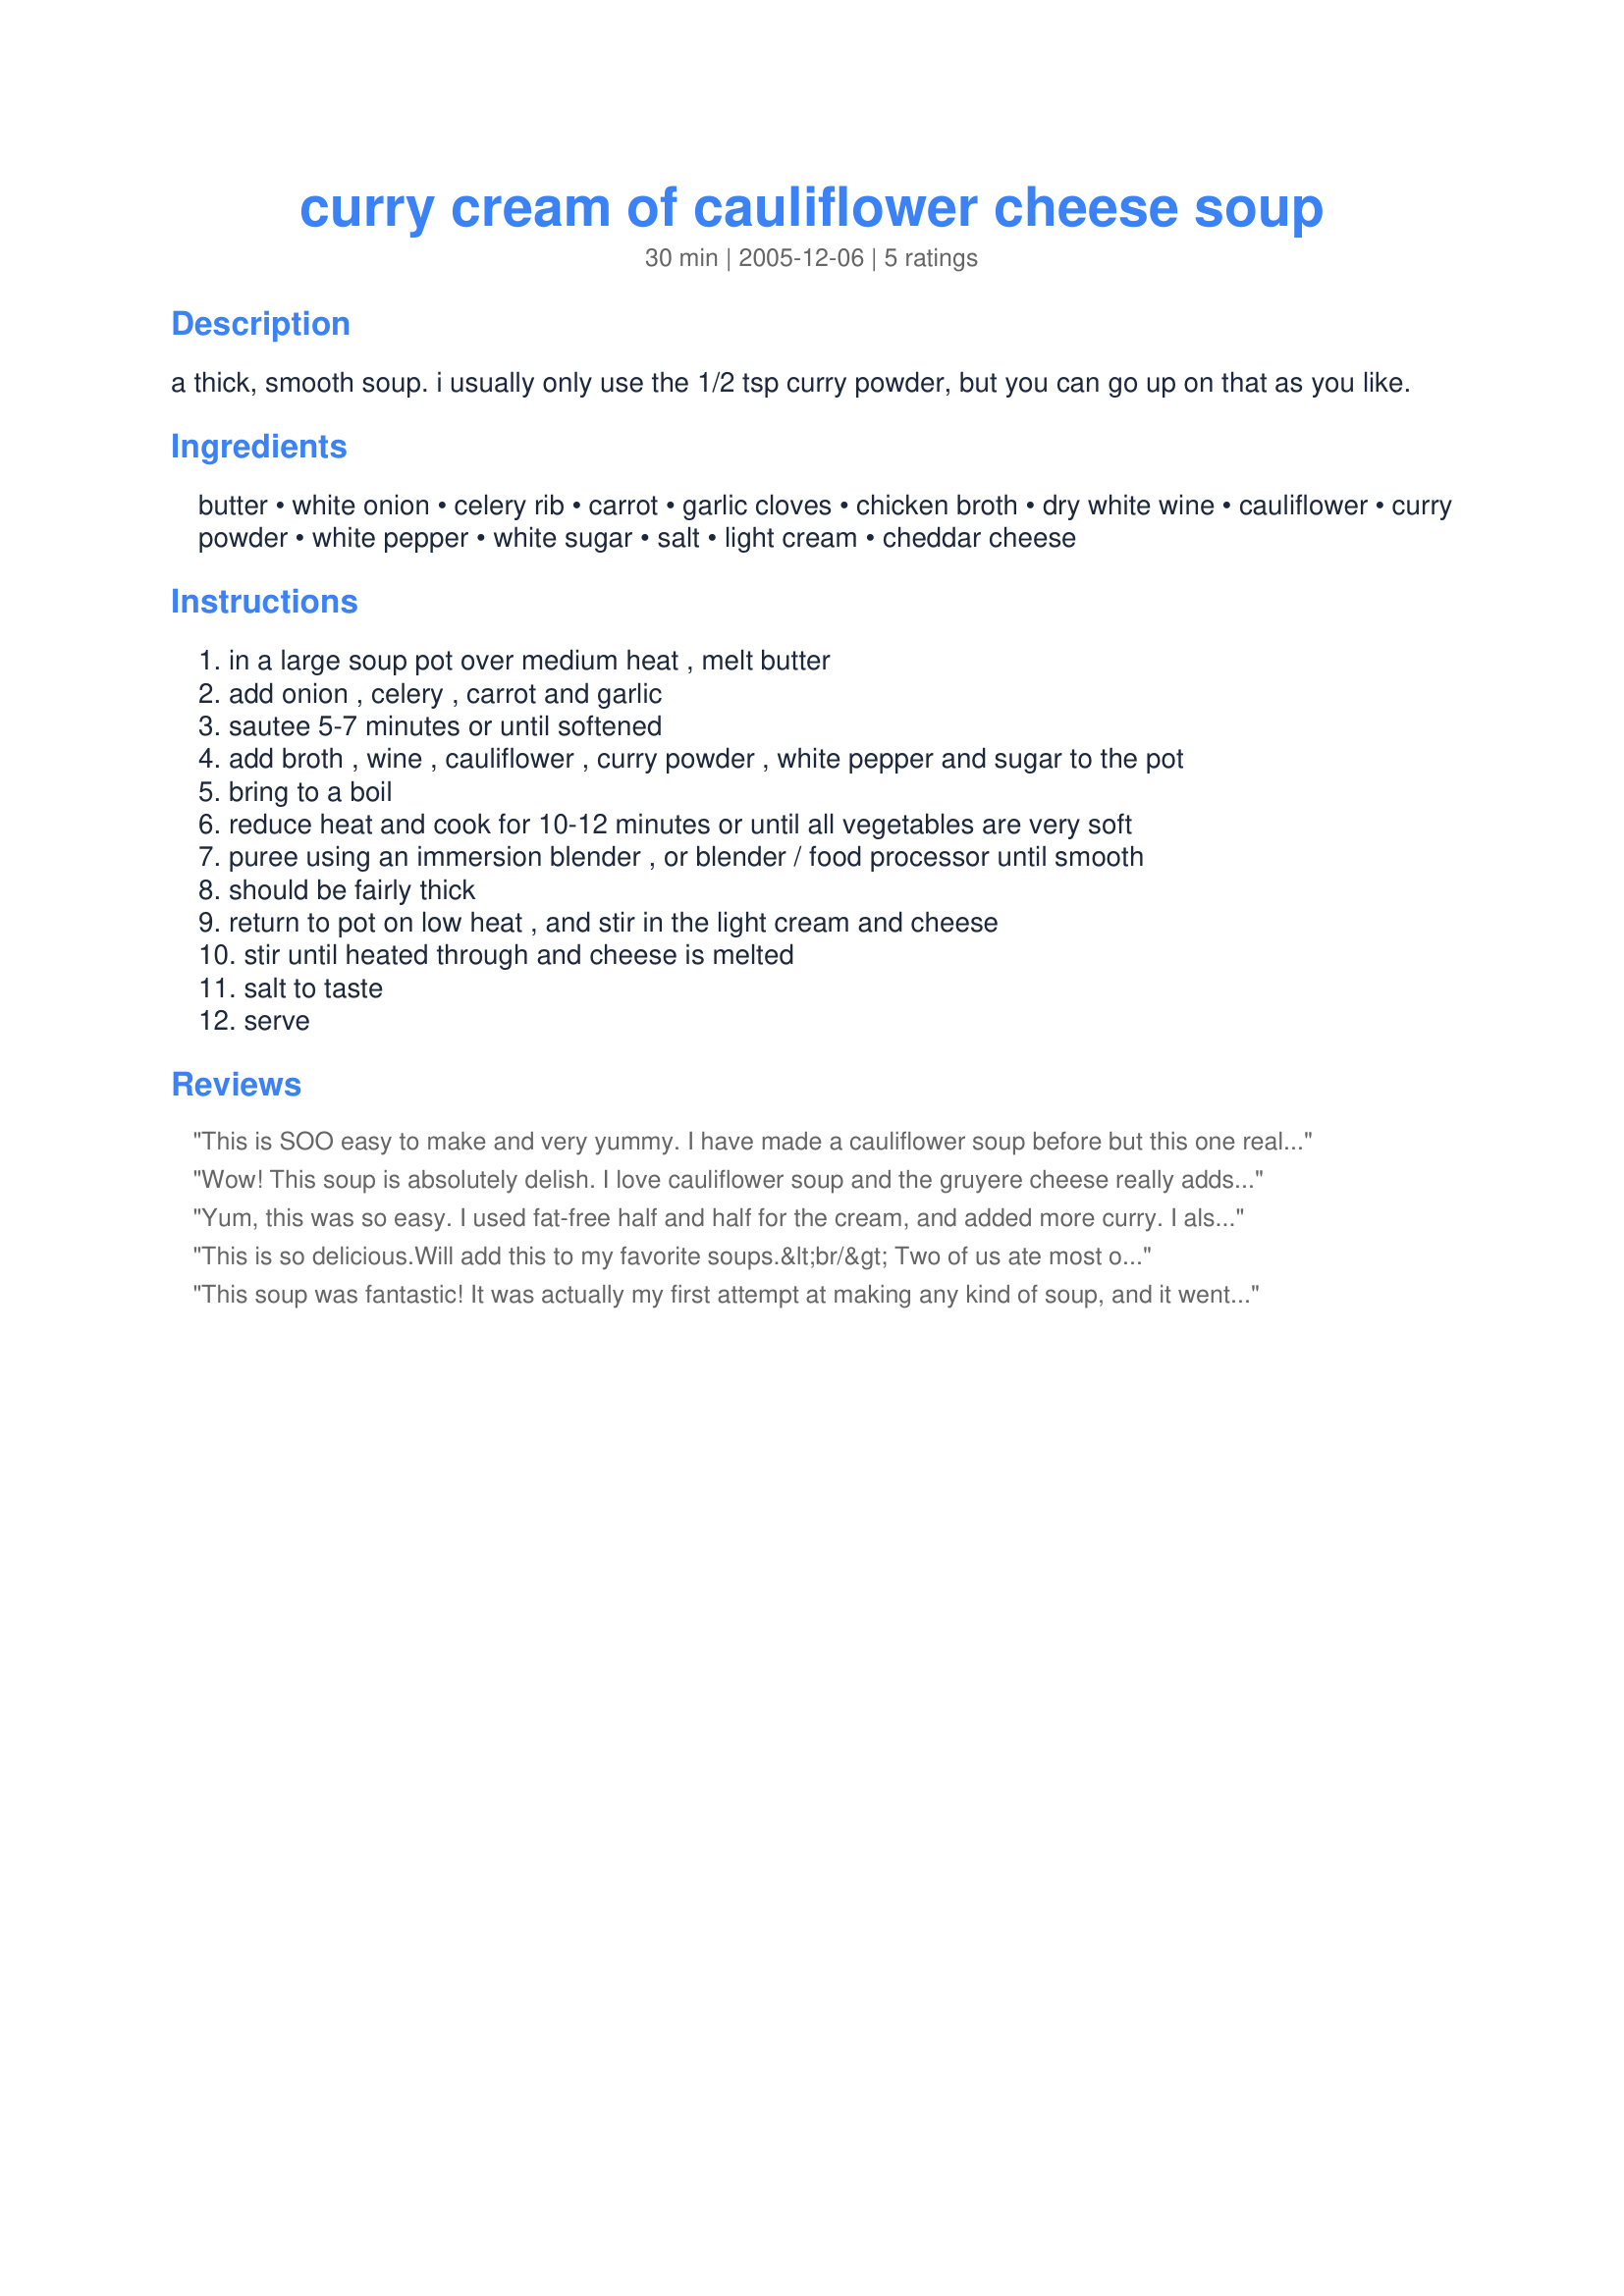
curry cream of cauliflower cheese soup
Preparation time: 30 minutes

a thick, smooth soup. i usually only use the 1/2 tsp curry powder, but you can go up on that as you like.

Ingredients:
butter, white onion, celery rib, carrot, garlic cloves, chicken broth, dry white wine, cauliflower, curry powder, white pepper, white sugar, salt, light cream, cheddar cheese

Steps:
in a large soup pot over medium heat , melt butter
add onion , celery , carrot and garlic
sautee 5-7 minutes or until softened
add broth , wine , cauliflower , curry powder , white pepper and sugar to the pot
bring to a boil
reduce heat and cook for 10-12 minutes or until all vegetables are very soft
puree using an immersion blender , or blender / food processor until smooth
should be fairly thick
return to pot on low heat , and stir in the light cream and cheese
stir until heated through and cheese is melted
salt to taste
serve

Reviews:
This is SOO easy to make and very yummy. I have made a cauliflower soup before but this one really has a different spin on it with the curry...MMMM Thanks Parsley
Wow! This soup is absolutely delish. I love cauliflower soup and the gruyere cheese really adds such a great flavor. The only change I made was to make it more decadent by adding some bacon. Will be making this again very soon
Yum, this was so easy. I used fat-free half and half for the cream, and added more curry. I also made this without the cheese, because I am going to freeze and fridge some for later. We added our cheese upon reheating. Thanks a lot for a great recipe!
This is so delicious.Will add this to my favorite soups.&lt;br/&gt; Two of us ate most of the pot.
This soup was fantastic! It was actually my first attempt at making any kind of soup, and it went well according to the reviewers in my kitchen!

Instructions were easy to follow, but I think the amount of time to make it is a little bit longer than posted (saute, simmering and melting cheese took a few minutes more).

I used 2 celery stalks, 3 garlic cloves, vegetable broth, a whole teaspoon of curry powder, and milk instead of cream. Wonderful :)
